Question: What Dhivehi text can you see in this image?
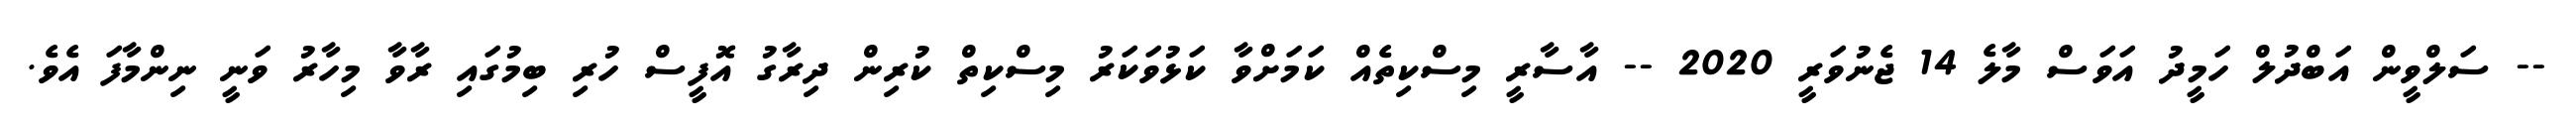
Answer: -- ސަލްވީން އަބްދުލް ހަމީދު އަވަސް މާލެ 14 ޖެނުވަރީ 2020 -- އާސާރީ މިސްކިތެއް ކަމަށްވާ ކަޅުވަކަރު މިސްކިތް ކުރިން ދިރާގު އޮފީސް ހުރި ބިމުގައި ރާވާ މިހާރު ވަނީ ނިންމާފަ އެވެ.